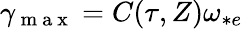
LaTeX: \gamma_{\mathrm{~m~a~x~}}=C(\tau,Z)\omega_{*e}